Report on vaccination in Madras 1877-1894 - 1877-1894
Year: 1877
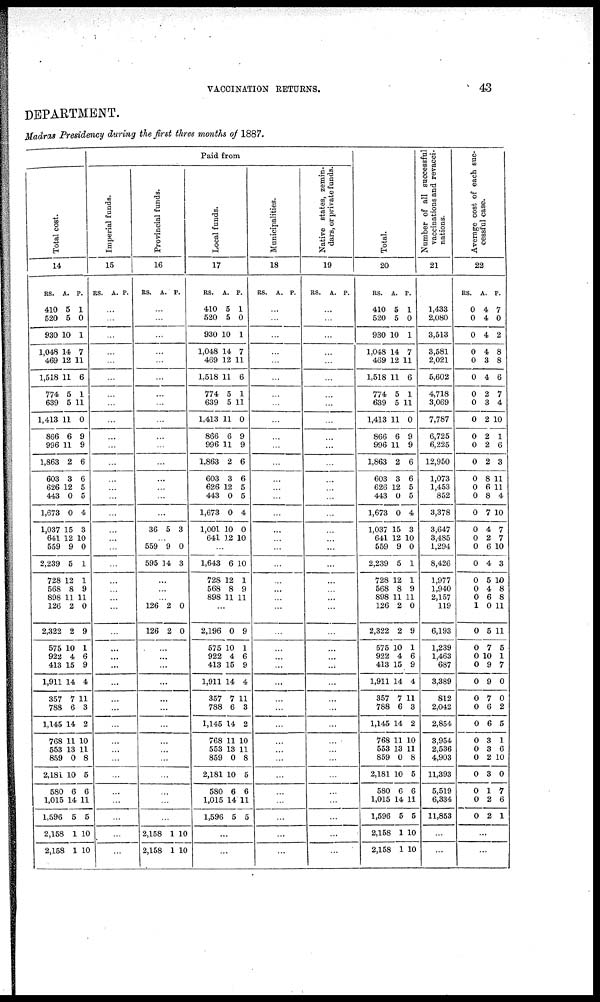
VACCINATION RETURNS.
43
DEPARTMENT.
Madras Presidency during the first three months of 1887.
Total cost.
14
RS.
410
520
930
1,048
469
1,518
774
639
1,413
866
996
1,863
603
626
443
1,673
1,037
641
559
2,239
728
568
898
126
2,322
575
922
413
1,911
357
788
1,145
768
553
859
2,181
580
1,015
1,596
2,158
2,158
A.
5
5
10
14
12
11
5
5
11
6
11
2
3
12
0
0
15
12
9
5
12
8
11
2
2
10
4
15
14
7
6
14
11
13
0
10
6
14
5
1
1
P.
1
0
1
7
11
6
1
11
0
9
9
6
6
5
5
4
3
10
0
1
1
9
11
0
9
1
6
9
4
11
3
2
10
11
8
5
6
11
5
10
10
Paid from
Imperial funds.
15
RS. A. P.
...
...
...
...
...
...
...
...
...
...
...
...
...
...
...
...
...
...
...
...
...
...
...
...
...
...
...
...
...
...
...
...
...
...
...
...
...
...
...
...
...
Provincial funds.
16
RS. A. P.
...
...
...
...
...
...
...
...
...
...
...
...
...
...
...
...
36 5 3
...
559
595
9
14
0
3
...
...
...
126
126
2
2
0
0
...
...
...
...
...
...
...
...
...
...
...
...
...
...
2,158
2,158
1
1
10
10
Local funds.
17
RS.
410
520
930
1,048
469
1,518
774
639
1,413
866
996
1,863
603
626
443
1,673
1,001
641
A.
5
5
10
14
12
11
5
5
11
6
11
2
3
12
0
0
10
12
P.
1
0
1
7
11
6
1
11
0
9
9
6
6
5
5
4
0
10
...
1,643
728
568
898
6
12
8
11
10
1
9
11
...
2,196
575
922
413
1,911
357
788
1,145
768
553
859
2,181
580
1,015
1,596
0
10
4
15
14
7
6
14
11
13
0
10
6
14
5
9
1
6
9
4
11
3
2
10
11
8
5
6
11
5
...
...
Municipalities.
18
RS. A. P.
...
...
...
...
...
...
...
...
...
...
...
...
...
...
...
...
...
...
...
...
...
...
...
...
...
...
...
...
...
...
...
...
...
...
...
...
...
...
...
...
...
Native states, zemin-
dars, or private funds.
19
RS. A. P.
...
...
...
...
...
...
...
...
...
...
...
...
...
...
...
...
...
...
...
...
...
...
...
...
...
...
...
...
...
...
...
...
...
...
...
...
...
...
...
...
...
Total.
20
RS.
410
520
930
1,048
469
1,518
774
639
1,413
866
996
1,863
603
626
443
1,673
1,037
641
559
2,239
728
568
898
126
2,322
575
922
413
1,911
357
788
1,145
768
553
859
2,181
580
1,015
1,596
2,158
2,158
A.
5
5
10
14
12
11
5
5
11
6
11
2
3
12
0
0
15
12
9
5
12
8
11
2
2
10
4
15
14
7
6
14
11
13
0
10
6
14
5
1
1
P.
1
0
1
7
11
6
1
11
0
9
9
6
6
5
5
4
3
10
0
1
1
9
11
0
9
1
6
9
4
11
3
2
10
11
8
5
6
11
5
10
10
Number of all successful
vaccinations and revacci-
nations.
21
1,433
2,080
3,513
3,581
2,021
5,602
4,718
3,069
7,787
6,725
6,225
12,950
1,073
1,453
852
3,378
3,647
3,485
1,294
8,426
1,977
1,940
2,157
119
6,193
1,239
1,463
687
3,389
812
2,042
2,854
3,954
2,536
4,903
11,393
5,519
6,334
11,853
...
...
Average cost of each suc-
cessful case.
22
RS.
0
0
0
0
0
0
0
0
0
0
0
0
0
0
0
0
0
0
0
0
0
0
0
1
0
0
0
0
0
0
0
0
0
0
0
0
0
0
0
A.
4
4
4
4
3
4
2
3
2
2
2
2
8
6
8
7
4
2
6
4
5
4
6
0
5
7
10
9
9
7
6
6
3
3
2
3
1
2
2
P.
7
0
2
8
8
6
7
4
10
1
6
3
11
11
4
10
7
7
10
3
10
8
8
11
11
5
1
7
0
0
2
5
1
6
10
0
7
6
1
...
...